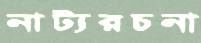
নাট্যরচনা